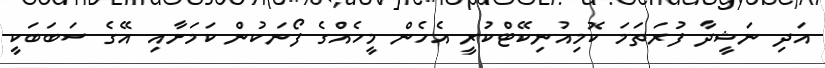
އަދި ނަޝީދާ ފުރަތަމަ ކޮމިއުނިކޭޓްކުރީ އެހެން މީހެއްގެ ފޯނަކުން ކަމަށާއި އޭގެ ސަބަބަކީ